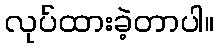
လုပ်ထားခဲ့တာပါ။